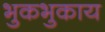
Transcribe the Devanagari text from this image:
भुकभुकाय